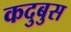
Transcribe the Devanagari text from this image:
कदुबुस